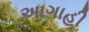
અાગાહી